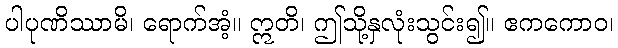
ပါပုဏိဿာမိ၊ ရောက်အံ့။ ဣတိ၊ ဤသို့နှလုံးသွင်း၍။ ဧကကောဝ၊